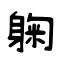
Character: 躹